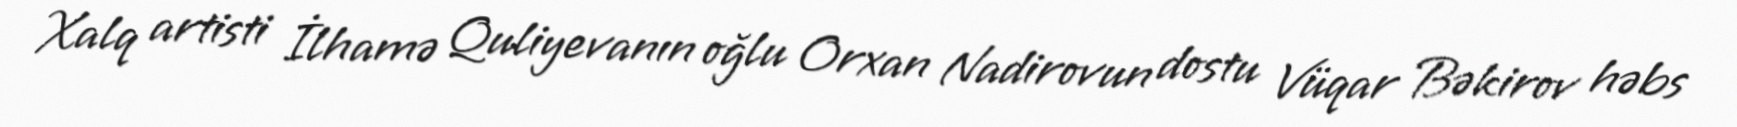
Xalq artisti İlhamə Quliyevanın oğlu Orxan Nadirovun dostu Vüqar Bəkirov həbs